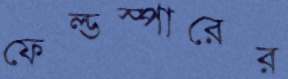
ফেল্ডস্পারের